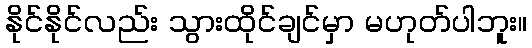
နိုင်နိုင်လည်း သွားထိုင်ချင်မှာ မဟုတ်ပါဘူး။